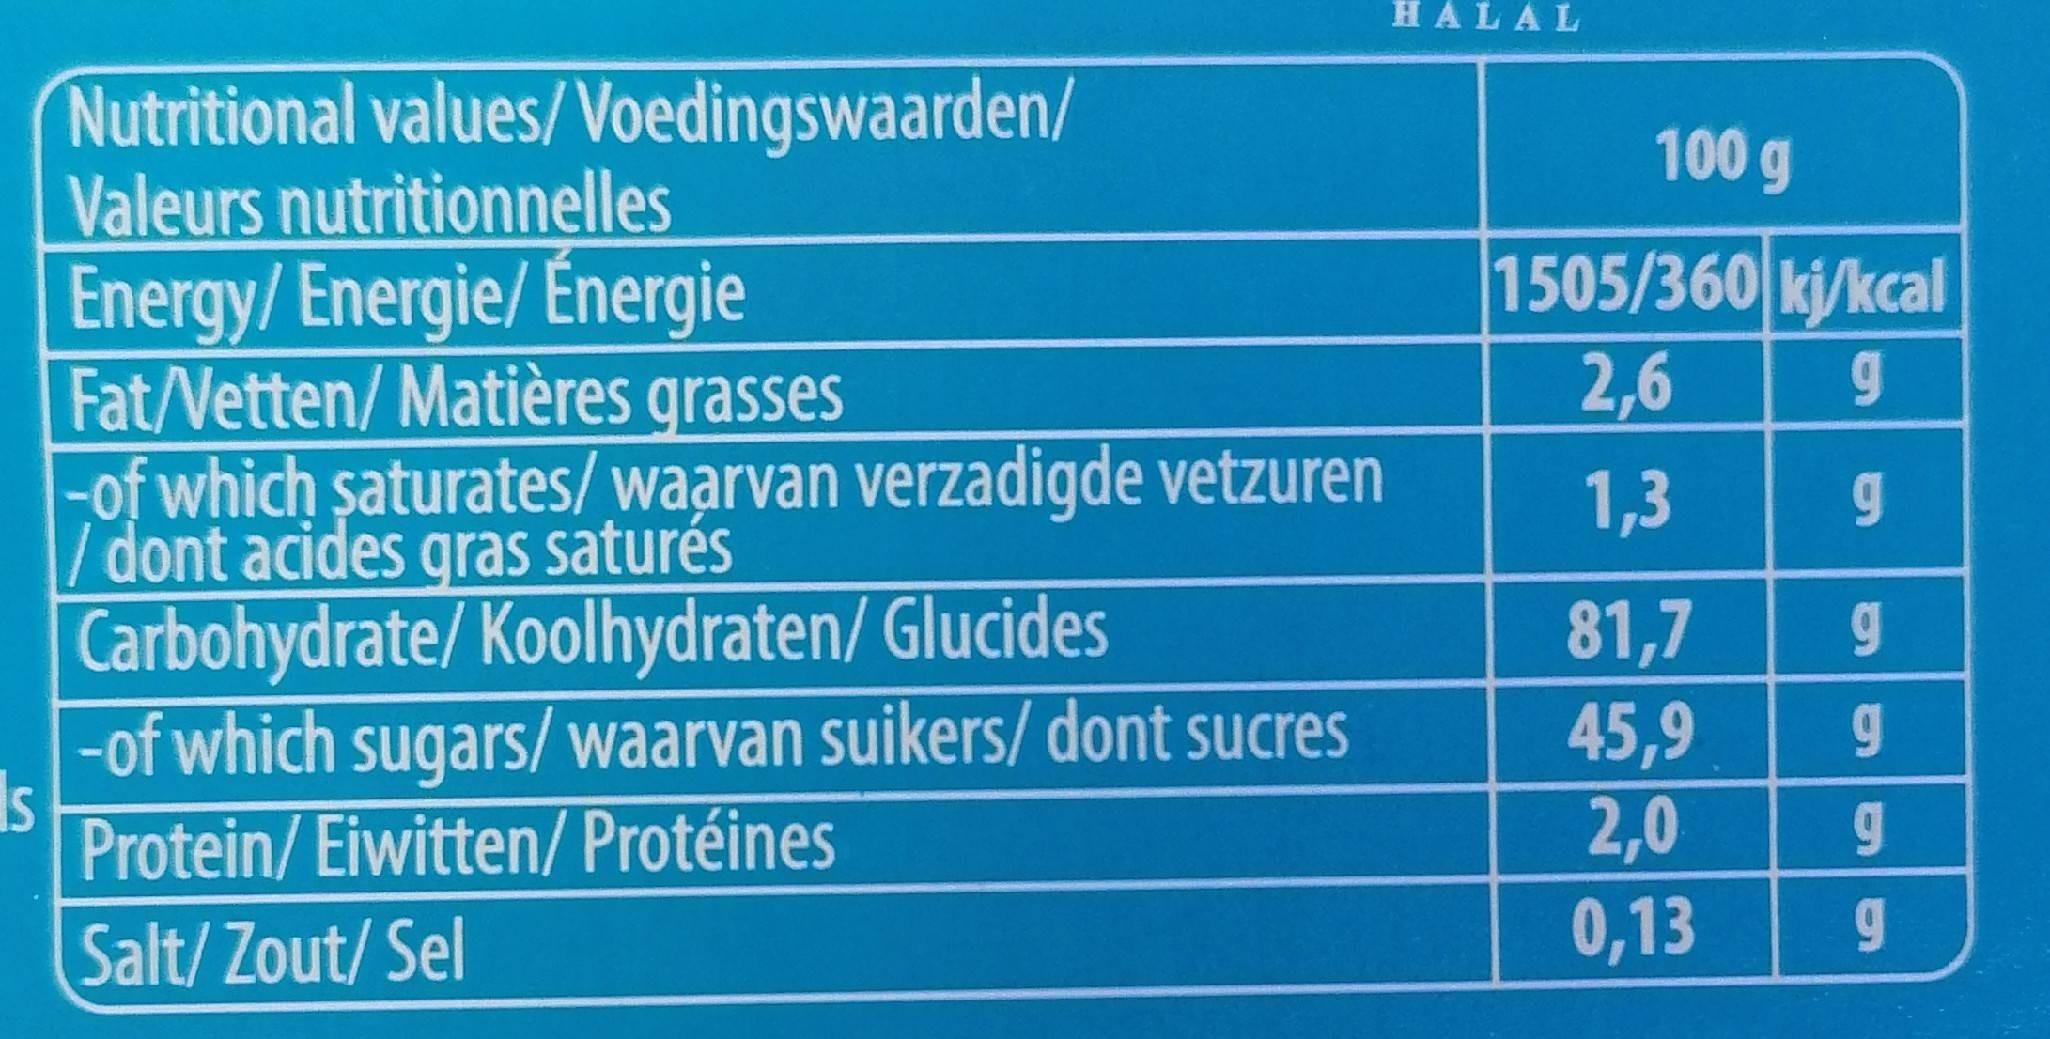
HÁLAL
Nutritional values/Voedingswaarden/ Valeurs nutritionnelles
100 g
1505/360 kj/kcal
Energy/ Energie/ Energie Fat/Vetten/Matières grasses
2,6
g.
-of which saturates/waarvan verzadigde vetzuren / dont acides gras saturés
1,3 g
81,7 45,9 2,0
Carbohydrate/Koolhydraten/ Glucides
-of which sugars/ waarvan suikers/ dont sucres Is Protein/Eiwitten/ Protéines
g.
Salt/ Zout/ Sel
0,13 g